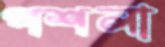
পশলা